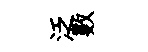
泛數